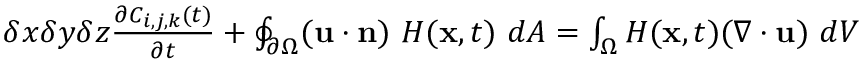
\begin{array} { r } { \delta x \delta y \delta z \frac { \partial C _ { i , j , k } ( t ) } { \partial t } + \oint _ { \partial \Omega } ( \mathbf { u } \cdot \mathbf { n } ) \ H ( \mathbf { x } , t ) \ d A = \int _ { \Omega } H ( \mathbf { x } , t ) ( \nabla \cdot \mathbf { u } ) \ d V } \end{array}